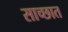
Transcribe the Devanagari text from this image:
साच्छात